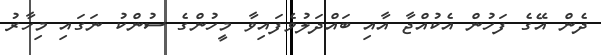
ދެން އޭގެ ފަހުން އެކުއްޖާ އާއި ބައްދަލުވެފައިވާ މީހުންގެ ސުންކު ނަގައި މިހާރު